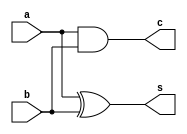
module HA_gate(s,c,a,b);
    input a,b;
    output s,c;
    xor g1(s,a,b);
    and g2(c,a,b);
endmodule